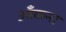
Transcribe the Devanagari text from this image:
आँकना